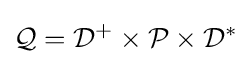
{\mathcal {Q}}={\mathcal {D}}^{+}\times {\mathcal {P}}\times {\mathcal {D}}^{*}